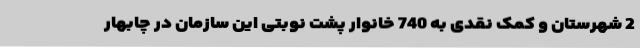
2 شهرستان و کمک نقدی به 740 خانوار پشت نوبتی این سازمان در چابهار